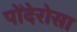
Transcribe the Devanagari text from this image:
पोंदेरोसा